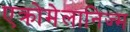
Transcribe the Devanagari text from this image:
एक्रोमेलानिज्म